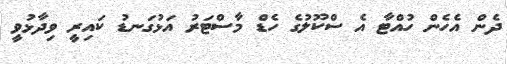
ދެން އެހެން ހުއްޓާ އެ ސްކޫލުގެ ހެޑް މާސްޓަރު އަޅުގަނޑު ކައިރީ ވިދާޅުވީ